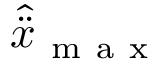
\hat { \ddot { x } } _ { \mathrm { ~ m ~ a ~ x ~ } }